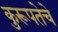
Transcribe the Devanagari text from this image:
कुरूपतेचे